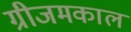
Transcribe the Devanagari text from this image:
ग्रीजमकाल